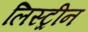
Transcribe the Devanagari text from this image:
लिस्ट्रीन